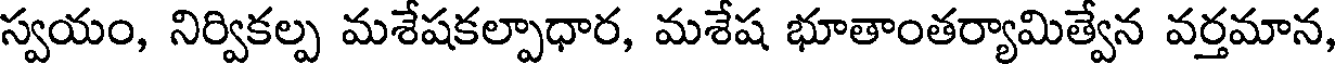
స్వయం, నిర్వికల్ప మశేషకల్పాధార, మశేష భూతాంతర్యామిత్వేన వర్తమాన,